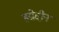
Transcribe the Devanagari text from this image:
हय्रेद्दीन